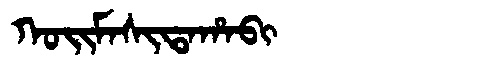
Manchu: ᡴᠣᡳᠮᠠᠰᡳᡨᠠᡥᠠᠪᡳ
Romanization: KOIMASITAHABI